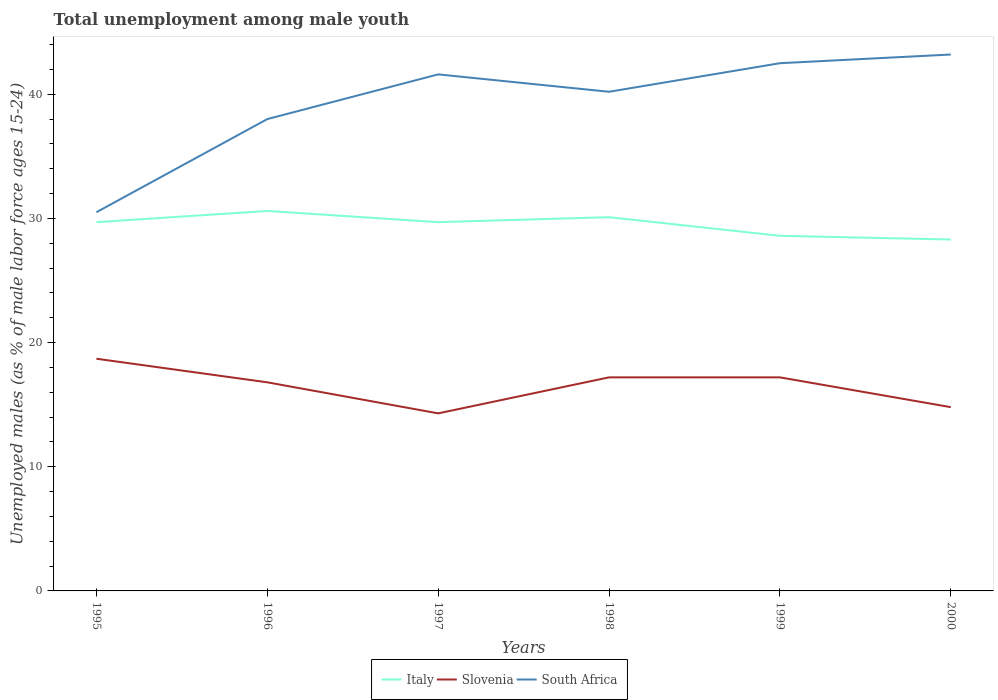
| Years | Italy | Slovenia | South Africa |
 | --- | --- | --- | --- |
 | 1995 | 29.7 | 18.7 | 30.5 |
 | 1996 | 30.6 | 16.8 | 38 |
 | 1997 | 29.7 | 14.3 | 41.6 |
 | 1998 | 30.1 | 17.2 | 40.2 |
 | 1999 | 28.6 | 17.2 | 42.5 |
 | 2000 | 28.3 | 14.8 | 43.2 |